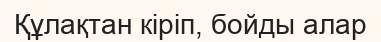
Құлақтан кіріп, бойды алар